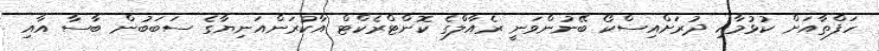
ހަފްތާއަށް ކުޅުމާއި ދުރަށްއިސްކޯ ބޭނުންވަނީ ރެއާލްގެ ކޮންޓްރެކްޓް އާކުރަންއަނިޔާގެ ސަބަބުން ބާސާ އާއި